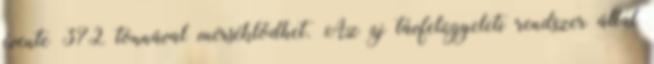
évente 372 tonnával mérséklődhet. Az új távfelügyeleti rendszer által